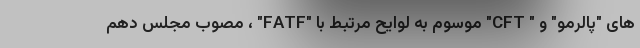
های "پالرمو" و " CFT" موسوم به لوایح مرتبط با "FATF" ، مصوب مجلس دهم